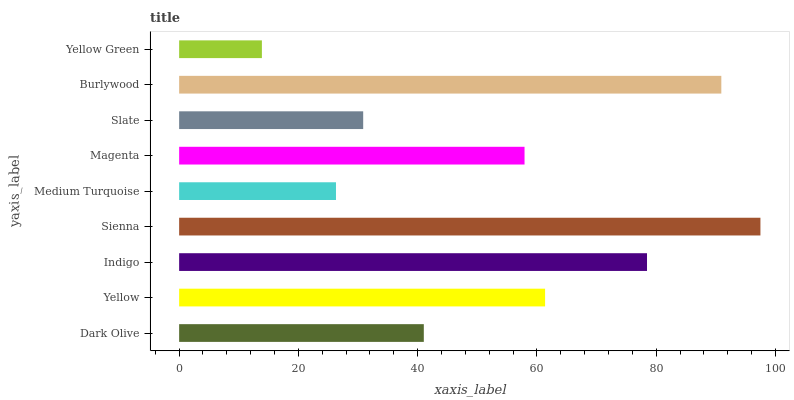
| yaxis_label | bars |
 | --- | --- |
 | Dark Olive | 41 |
 | Yellow | 61.4 |
 | Indigo | 78.5 |
 | Sienna | 97.5 |
 | Medium Turquoise | 26.3 |
 | Magenta | 57.9 |
 | Slate | 30.9 |
 | Burlywood | 90.9 |
 | Yellow Green | 13.9 |